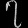
Digit: ၇